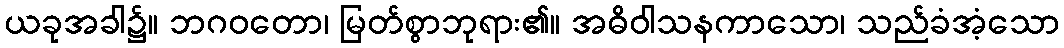
ယခုအခါ၌။ ဘဂဝတော၊ မြတ်စွာဘုရား၏။ အဓိဝါသနကာသော၊ သည်ခံအံ့သော